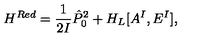
H ^ { R e d } = \frac { 1 } { 2 I } { \hat { P } _ { 0 } } ^ { 2 } + H _ { L } [ A ^ { I } , E ^ { I } ] ,